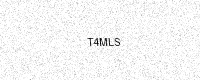
Text: T4MLS